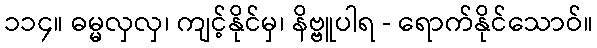
၁၁၄။ ဓမ္မလှလှ၊ ကျင့်နိုင်မှ၊ နိဗ္ဗူပါရ - ရောက်နိုင်သောဝ်။